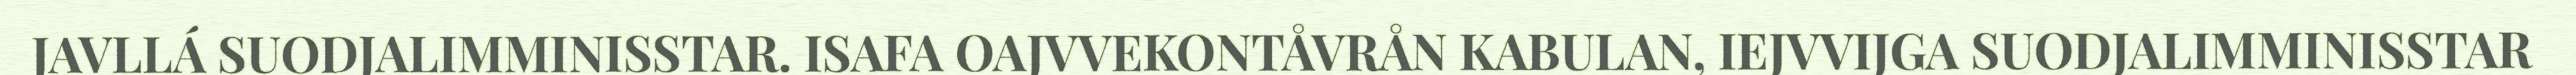
JAVLLÁ SUODJALIMMINISSTAR. ISAFA OAJVVEKONTÅVRÅN KABULAN, IEJVVIJGA SUODJALIMMINISSTAR